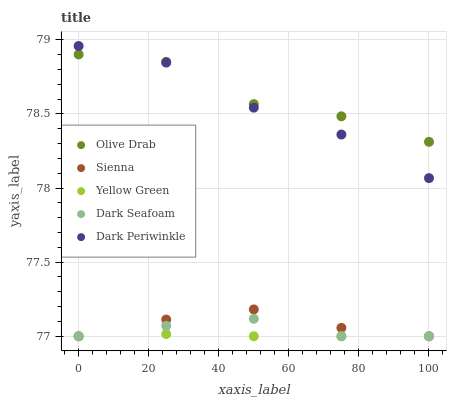
| xaxis_label | Olive Drab | Sienna | Yellow Green | Dark Seafoam | Dark Periwinkle |
 | --- | --- | --- | --- | --- | --- |
 | 0 | 78.9 | 77 | 77 | 77 | 79 |
 | 25 | 78.9 | 77.1 | 77 | 77.1 | 78.8 |
 | 50 | 78.6 | 77.2 | 77 | 77.1 | 78.5 |
 | 75 | 78.5 | 77.1 | 77 | 77 | 78.4 |
 | 100 | 78.3 | 77 | 77 | 77 | 78.1 |